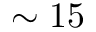
\sim 1 5